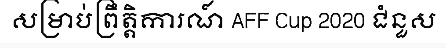
សម្រាប់ព្រឹត្តិការណ៍ AFF Cup 2020 ជំនួស